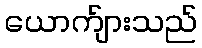
ယောက်ျားသည်